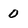
Character: 0